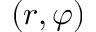
( r , \varphi )